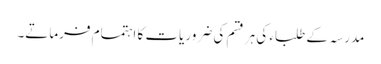
مدرسہ کے طلباء کی ہر قسم کی ضروریات کا اہتمام فرماتے۔